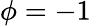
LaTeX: \phi=-1